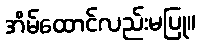
အိမ်ထောင်လည်းမပြု။